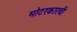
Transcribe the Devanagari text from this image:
मोटरकारची